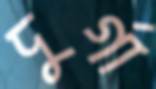
দুর্গা